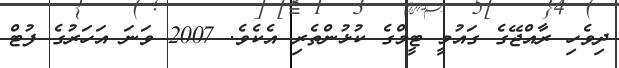
ދިވެހި ރާއްޖޭގެ ގައުމީ ޓީމްގެ ކުޅުންތެރި އެކެވެ. 2007 ވަނަ އަހަރުގެ ފުޓް